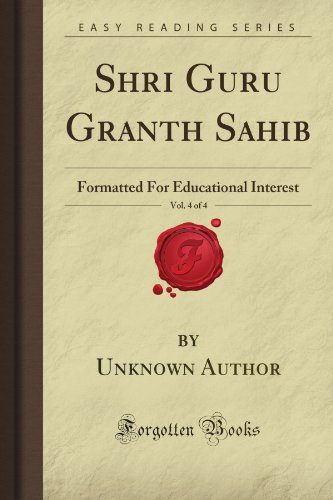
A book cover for Shri Guru Granth Sahib, Vol. 4 of 4: Formatted For Educational Interest (Forgotten Books); Unknown Petrovna Author; Religion & Spirituality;